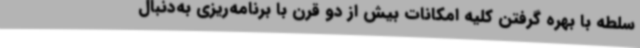
سلطه با بهره گرفتن کلیه امکانات بیش از دو قرن با برنامه‌ریزی به‌دنبال